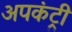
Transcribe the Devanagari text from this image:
अपकंट्री